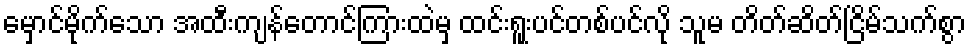
မှောင်မိုက်သော အထီးကျန်တောင်ကြားထဲမှ ထင်းရူးပင်တစ်ပင်လို သူမ တိတ်ဆိတ်ငြိမ်သက်စွာ